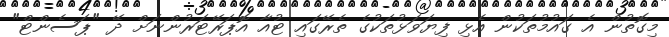
މިގޮތުން އެ ގައުމުތަކުން އެޅި ފިޔަވަޅުތަކުގެ ތެރޭގައި ޓުއާ އޮޕަރޭޓަރުންނަށް ދޭ "ޕަސެންޓް"